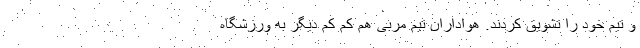
و تیم خود را تشویق کردند. هواداران تیم مربی هم کم کم دیگر به ورزشگاه